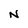
Character: N